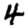
Digit: 4